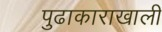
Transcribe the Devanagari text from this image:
पुढाकाराखाली